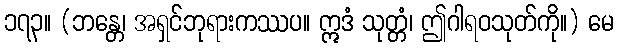
၁၇၃။ (ဘန္တေ၊ အရှင်ဘုရားကဿပ။ ဣဒံ သုတ္တံ၊ ဤဂါရဝသုတ်ကို။) မေ